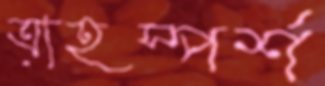
ত্র্যহস্পর্শ